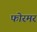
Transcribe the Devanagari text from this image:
फोरमर